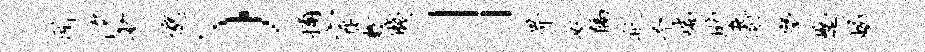
所汐少邈）捕宗歉贱」畀奴隔祗予喘助麝学蹙蝎